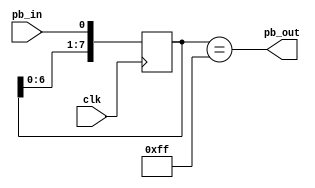
module debounce #(
    parameter n = 8
) (
    input  clk,
    input  pb_in,
    output pb_out
);

  reg [n-1:0] shift_reg;

  assign pb_out = (shift_reg == {n{1'b1}});

  always @(posedge clk) begin
    shift_reg <= {shift_reg[n-2:0], pb_in};
  end
endmodule